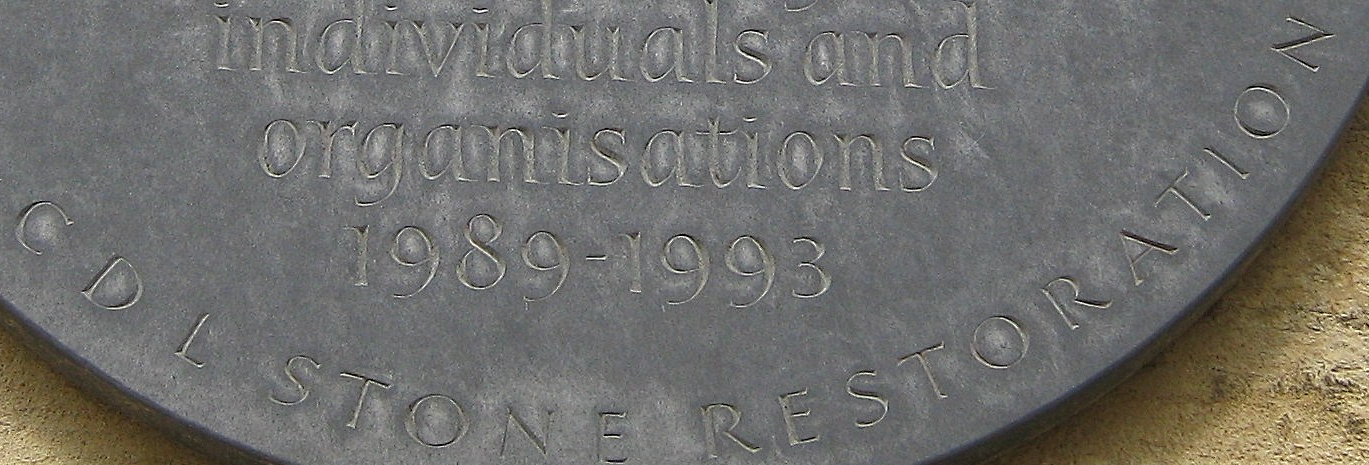
CDL STONE RESTORATION